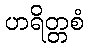
ဟရိတ္တစံ